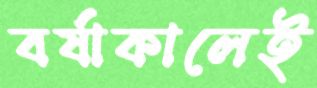
বর্ষাকালেই